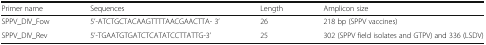
<table><thead><tr><td><b>Primer name</b></td><td><b>Sequences</b></td><td><b>Length</b></td><td><b>Amplicon size</b></td></tr></thead><tbody><tr><td>SPPV_DIV_Fow</td><td>5’-ATCTGCTACAAGTTTTAACGAACTTA- 3’</td><td>26</td><td>218 bp (SPPV vaccines)</td></tr><tr><td>SPPV_DIV_Rev</td><td>5’-TGAATGTGATCTCATATCCTTATTG-3’</td><td>25</td><td>302 (SPPV field isolates and GTPV) and 336 (LSDV)</td></tr></tbody></table>